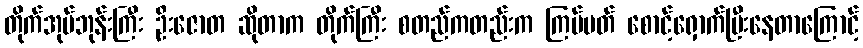
တိုက်အုပ်ဘုန်းကြီး ဦးဇောတ ဆိုတာက တိုက်ကြီး စတည်ကတည်းက ကြပ်မတ် စောင့်ရှောက်ပြီးနေတာကြောင့်